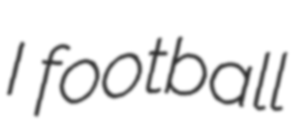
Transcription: I football